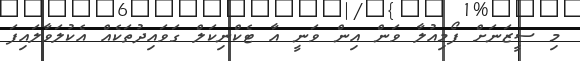
މި ސީޒަނަށް ފޯމިއުލާ ވަން އިން ވަނީ އާ ޓެކްނިކަލް ގަވައިދުތަކެއް އެކުލަވާލައިފަ